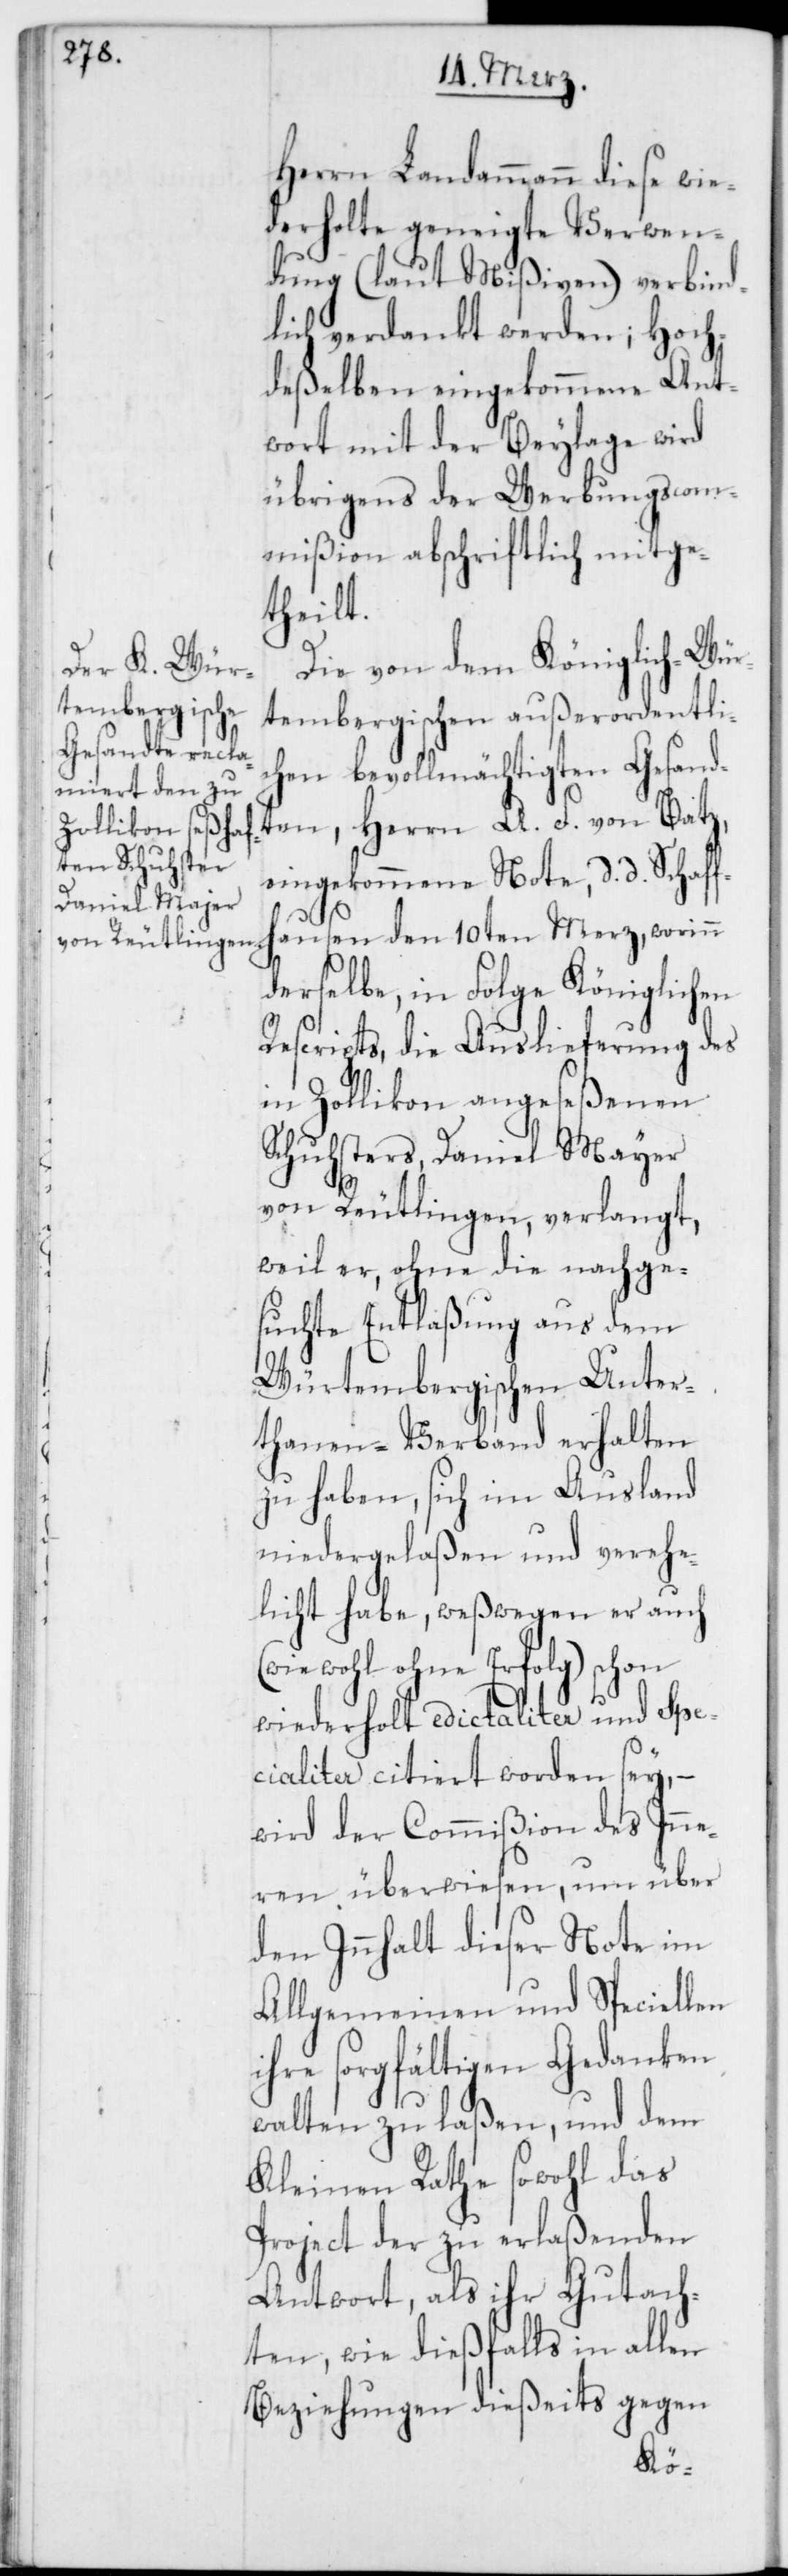
Herrn Landammann diese wie¬
derholte geneigte Verwen¬
dung (laut Mißiven) verbind¬
lich verdankt werden, Hoch¬
deßelben eingekommene Ant¬
wort mit der Beylage wird
übrigens der Werbungscom¬
mißion abschriftlich mitge¬
theilt.
Die von dem Königlich-Wür¬
tembergischen außerordentli¬
chen bevollmächtigten Gesand¬
ten, Herrn A. F. von Batz,
eingekommene Note, d. d. Schaff¬
hausen den 10ten Merz, worinn
derselbe, in Folge Königlichen
Rescripts, die Auslieferung des
in Zollikon angeseßenen
Schusters, Daniel Mayer
von Reutlingen, verlangt,
weil er, ohne die nachge¬
suchte Entlaßung aus dem
Würtembergischen Unter¬
thanen-Verband erhalten
zu haben, sich im Ausland
niedergelaßen und verehe¬
licht habe, weßwegen er auch
wohl ohne Erfolg) schon
wiederholt edictaliter und Spe¬
cialiter citiert worden sey, –
wird der Commißion des Inne¬
ren überwiesen, um über
den Innhalt dieser Note im
Allgemeinen und Speciellen
ihre sorgfältigen Gedanken
walten zu laßen, und dem
Kleinen Rathe sowohl das
Project der zu erlaßenden
Antwort, als ihr Gutach¬
ten wie dießfalls in allen
Beziehungen dießeits gegen